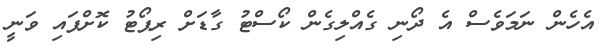
އެހެން ނަމަވެސް އެ ދޯނި ގެއްލިގެން ކޯސްޓު ގާޑަށް ރިޕޯޓު ކޮށްފައި ވަނީ